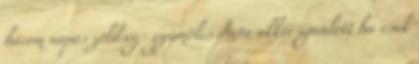
három napos zöldség- gyümölcs diéta akkor ajánlott ha csak